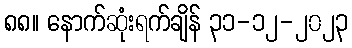
၈၈။ နောက်ဆုံးရက်ချိန် ၃၁-၁၂-၂၀၂၃